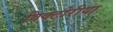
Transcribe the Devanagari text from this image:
विक्टोरीया